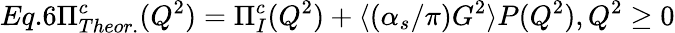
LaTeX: Eq.6\Pi_{Theor.}^{c}(Q^{2})=\Pi_{I}^{c}(Q^{2})+\langle(\alpha_{s}/\pi)G^{2}\rangle P(Q^{2}),Q^{2}\geq 0